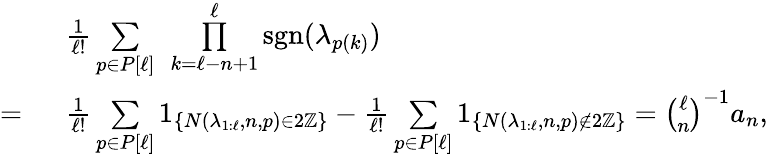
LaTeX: \begin{array}{rl}&{\frac{1}{\ell!}\underset{p\in P[\ell]}{\sum}\ \overset{\ell}{\underset{k=\ell-n+1}{\prod}}\textup{sgn}(\lambda_{p(k)})}\\ {=\ }&{\frac{1}{\ell!}\underset{p\in P[\ell]}{\sum}1_{\{ N(\lambda_{1:\ell},n,p)\in 2\mathbb{Z}\} }-\frac{1}{\ell!}\underset{p\in P[\ell]}{\sum}1_{\{ N(\lambda_{1:\ell},n,p)\notin 2\mathbb{Z}\} }=\binom{\ell}{n}^{-1}a_{n},}\end{array}